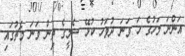
އަންނަ މަހުގެ ހަ ވަނަ ދުވަހު ކުޅޭ ސެމީގެ ތިން ވަނަ މެޗުގައި